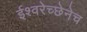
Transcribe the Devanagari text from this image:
ईश्वरेच्छेनेच